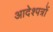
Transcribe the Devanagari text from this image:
आदेश्पत्रों